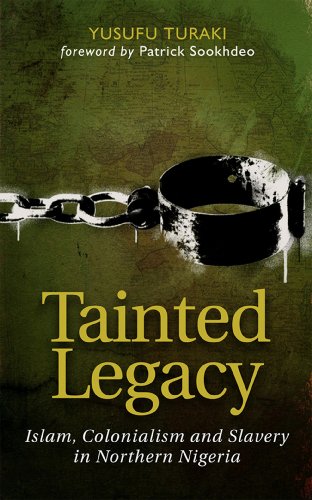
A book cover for Tainted Legacy: Islam, Colonialism and Slavery in Northern Nigeria; Yusufu Turaki; History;